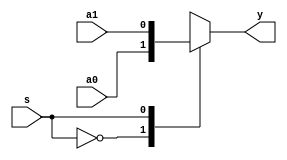
`timescale 1ns/1ps

module mux2(a0,a1,s,y);

input s, a0, a1;
output y;
reg y;


always @ (a0 or a1 or s) begin
  case (s)
    1'b0: y = a0;
    1'b1: y = a1;
  endcase
end
endmodule
//